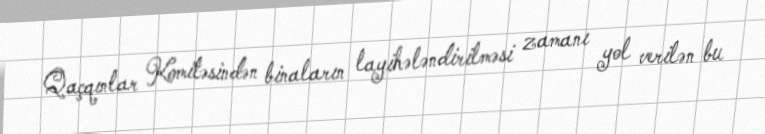
Qaçqınlar Komitəsindən binaların layihələndirilməsi zamanı yol verilən bu